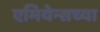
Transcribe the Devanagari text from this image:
एमियेन्सच्या